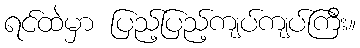
ရင်ထဲမှာ ပြည့်ပြည့်ကျပ်ကျပ်ကြီး။